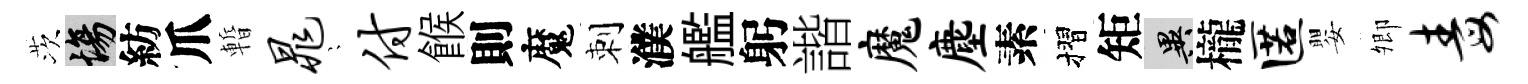
茨場紡爪暫晁隠付餱則魔刺濮艦躬諧魔麈素摺矩异櫳匿嬰𡖖毒